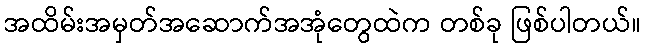
အထိမ်းအမှတ်အဆောက်အအုံတွေထဲက တစ်ခု ဖြစ်ပါတယ်။